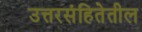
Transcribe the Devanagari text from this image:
उत्तरसंहितेतील